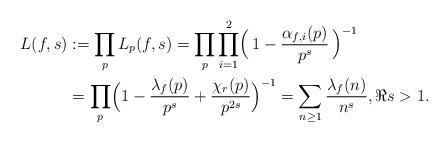
LaTeX: \begin{align*}L(f, s)&:=\prod_pL_p(f,s)=\prod_{p}\prod_{i=1}^2\Bigl(\,1-\frac{\alpha_{f,i}(p)}{p^s}\,\Bigr)^{-1}\\&= \prod_{p}\Bigl(1-\frac{\lambda_{f}(p)}{p^s} +\frac{\chi_r(p)}{p^{2s}}\Bigr)^{-1}=\sum_{n\geq 1}\frac{\lambda_{f}(n)}{n^s}, \Re s >1.\end{align*}